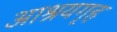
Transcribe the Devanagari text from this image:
आश्रयगृह